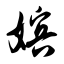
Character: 嫔